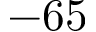
- 6 5